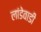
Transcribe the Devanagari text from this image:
लांडेवाडी